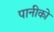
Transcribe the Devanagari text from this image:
पानीको